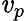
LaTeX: \mathit{v}_{p}